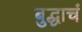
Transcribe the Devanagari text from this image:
बुद्धाचं